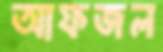
আফজল